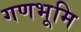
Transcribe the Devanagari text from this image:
गणभूमि